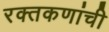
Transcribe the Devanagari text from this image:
रक्तकणांची